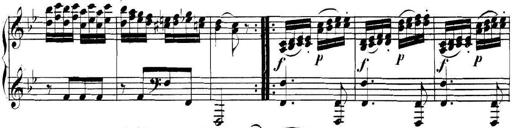
Title: Collected Piano Sonatas
Composer: Muzio Clementi